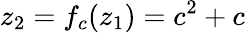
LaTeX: z_{2}=f_{c}(z_{1})=c^{2}+c